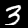
Label: 3